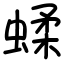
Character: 蝚